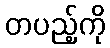
တပည့်ကို